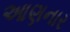
આણનાર